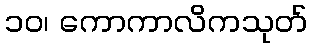
၁၀၊ ကောကာလိကသုတ်